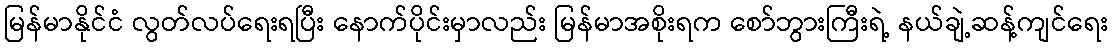
မြန်မာနိုင်ငံ လွတ်လပ်ရေးရပြီး နောက်ပိုင်းမှာလည်း မြန်မာအစိုးရက စော်ဘွားကြီးရဲ့ နယ်ချဲ့ဆန့်ကျင်ရေး